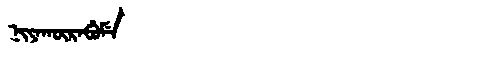
Manchu: ᠨᡳᠶᠠᡴᡡᡵᠠᠪᡠᠮᡝ
Romanization: NIYAKŪRABUME